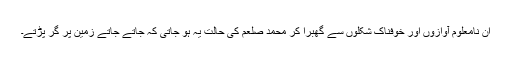
ان نامعلوم آوازوں اور خوفناک شکلوں سے گھبرا کر محمد صلعم کی حالت یہ ہو جاتی کہ جاتے جاتے زمین پر گر پڑتے۔